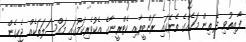
ފާއިތުވި ދެ ތިން މަހެއްގެ ތެރޭގައި ރަންބީރާއި ކެޓްރީނާގެ އެކުވެރިކަމުގައި މައްސަލަތަކެއް ޖެހިގެން